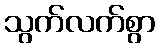
သွက်လက်စွာ